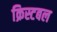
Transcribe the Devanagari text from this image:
क्रिस्टबल